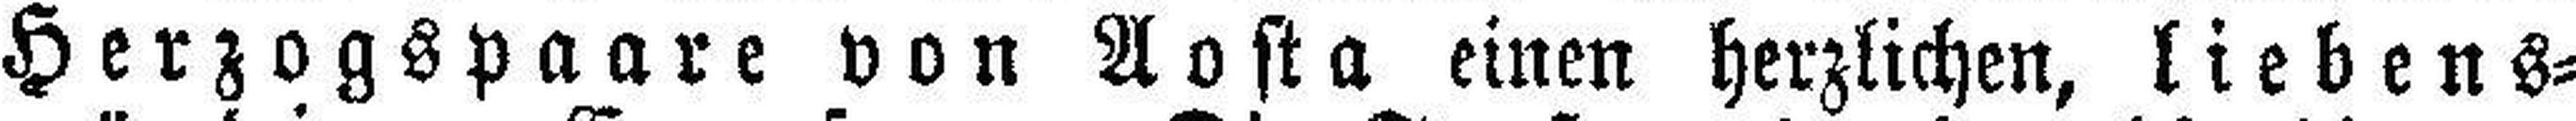
Herzogspaare von Aosta einen herzlichen, liebens¬